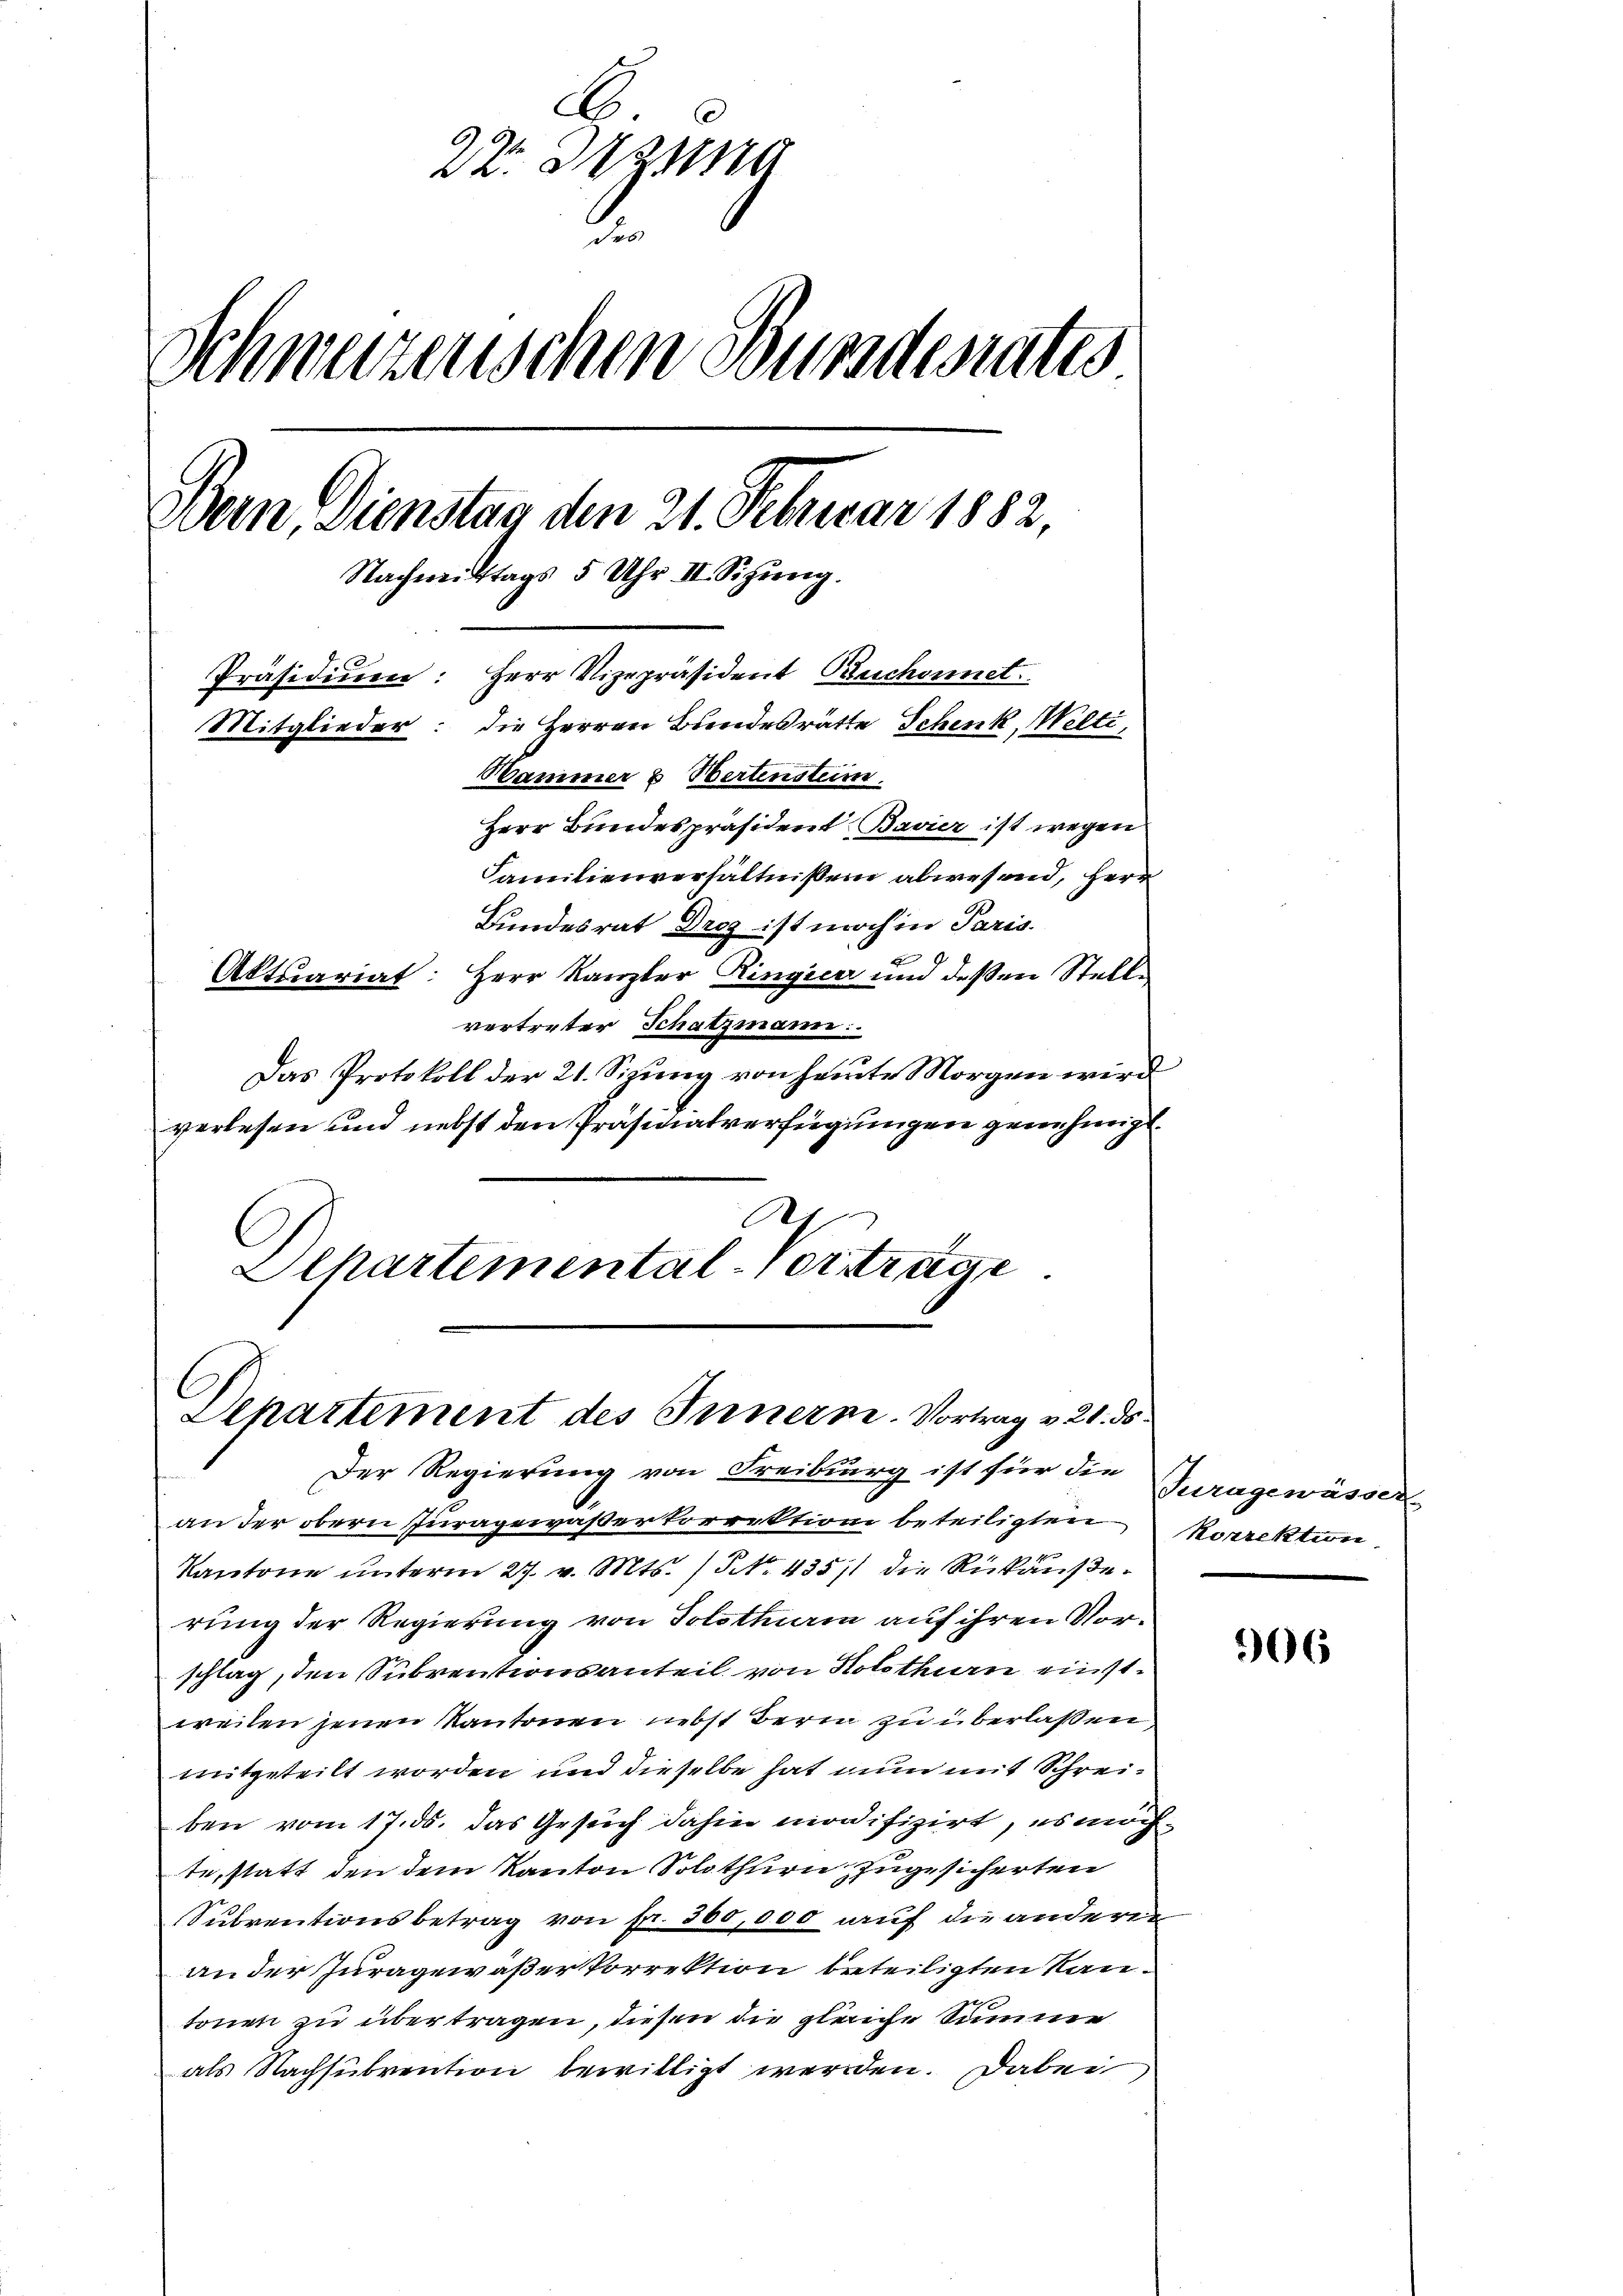
.
22. Jung
Schweizerischen Bundesrates
Bern, Dienstag den 21. Februar 1882,
Nachmittags 5 Uhr. II. Sitzŭng.
d.
Präsidium: Herr Vizepräsident Ruchonnet.
Mitglieder: die Herren Bundesräthe Schenk, Welti,
Wammer 2 Sertensteim
Herr Bundespräsident Bavier ist wegen
Familienverhältnissen abwesend, Herr
Bundesrat Droz ist noch in Paris.
Aktuariat: Herr Kanzler Ringier und deßen Stelle

vertreter Schatzmann
Das Protokoll der 21. Sizung von heute Morgen wird
verlesen und nebst den Präsidialverfügungen genehmigt.
Departemental-Verträge

Departement des Innerne. Vortrag v. 21. ds.

Der Regierung von Freiburg ist für die Juragewässer
an der obern Juragewaßerkorrektion beteiligten Korrektion,
Kantone unterm 27. v. Mts. No. 43511 die Rückäußerung der Regierung von Solothurm auf ihren Vorschlag, den Subventionsanteil von Kolothurn einstweiten jenen Kantonen nebst Bern zu überlaßen
mitgeteilt worden und dieselbe hat nun mit Schreiben vom 17. ds. das Gesuch dahin modifizirt, es möchte, statt den dem Kanton Solothurn zugesicherten
Subventionsbetrag von fr. 360,000 auf die anderen
an der Juragewaßer Vorrektion beteiligten Rautonen zu übertragen, diesen die gleiche Summe
als Nachsubvention bewilligt werden. Dabei

906